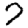
Digit: 7